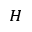
_ H